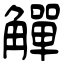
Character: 觶